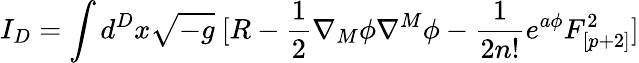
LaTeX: I_{D}=\int d^{D}x\sqrt{-g}~[R-{\frac{1}{2}}\nabla_{M}\phi\nabla^{M}\phi-{\frac{1}{2n!}}e^{a\phi}F_{[p+2]}^{2}]